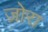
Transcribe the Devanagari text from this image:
ज़ोरा